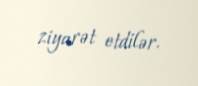
ziyarət etdilər.